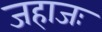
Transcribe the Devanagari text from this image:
जहाजः